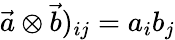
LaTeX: \vec{a}\otimes\vec{b})_{ij}=a_{i}b_{j}